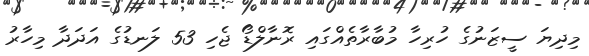
މިދިޔަ ސީޒަނުގެ ހުރިހާ މުބާރާތެއްގައި ރޮނާލްޑޯ ޖެހި 53 ލަނޑުގެ އަދަދާ މިހާރު